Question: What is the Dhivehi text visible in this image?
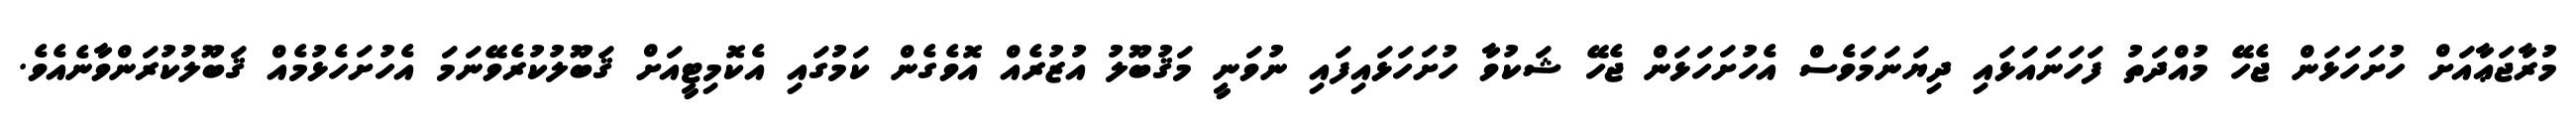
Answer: މުރާޖަޢާއަށް ހުށަހަޅަން ޖެހޭ މުއްދަތު ފަހަނައަޅައި ދިޔަނަމަވެސް އެހުށަހަޅަން ޖެހޭ ޝަކުވާ ހުށަހަޅައިފައި ނުވަނީ މަޤުބޫލު އުޒުރެއް އޮވެގެން ކަމުގައި އެކޮމިޓީއަށް ޤަބޫލުކުރެވޭނަމަ އެހުށަހެޅުމެއް ޤަބޫލުކުރަންވާނެއެވެ.